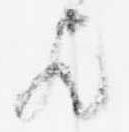
歟